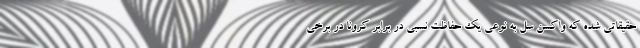
حقیقاتی شده که واکسن سل به نوعی یک حفاظت نسبی در برابر کرونا در برخی